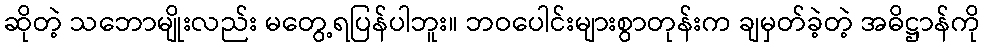
ဆိုတဲ့ သဘောမျိုးလည်း မတွေ့ရပြန်ပါဘူး။ ဘဝပေါင်းများစွာတုန်းက ချမှတ်ခဲ့တဲ့ အဓိဋ္ဌာန်ကို